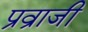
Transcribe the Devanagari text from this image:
प्रव्राजी